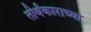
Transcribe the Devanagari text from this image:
तीर्थंकाराच्या